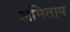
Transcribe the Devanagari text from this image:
अमिताप